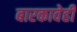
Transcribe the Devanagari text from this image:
बारकावेही